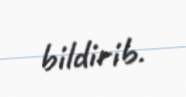
bildirib.